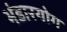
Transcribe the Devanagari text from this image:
भंडारयोग